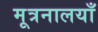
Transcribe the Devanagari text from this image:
मूत्रनालयाँ